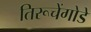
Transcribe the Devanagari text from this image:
तिरूचेंगोडे